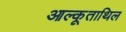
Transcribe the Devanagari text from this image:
आल्कूताथिल